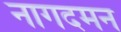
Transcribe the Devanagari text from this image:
नागदमन